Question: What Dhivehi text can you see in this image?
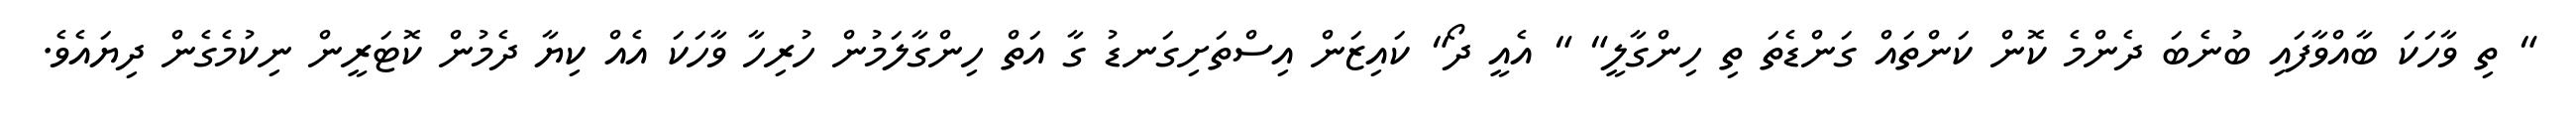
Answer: " ތި ވާހަކަ ބާއްވާފައި ބުނެބަ ދެންމެ ކޮން ކަންތައް ގަންޑެތަ ތި ހިންގާލީ" " އެއީ ދޯ" ކައިޒަން އިސްތަށިގަނޑު ގާ އަތް ހިންގާލަމުން ހުރިހާ ވާހަކަ އެއް ކިޔާ ދެމުން ކޮޓަރީން ނިކުމެގެން ދިޔައެވެ.